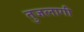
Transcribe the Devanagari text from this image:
तुजलागी